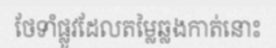
ថែទាំផ្លូវដែលតម្លៃឆ្លងកាត់នោះ